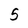
Character: 5